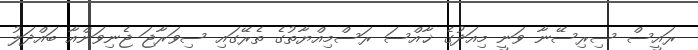
ރައީސް ސިރިސޭނާ ވަނީ މިއަދުގެ ޚާއްސަ ރަސްމިއްޔާތުގެ ތެރޭގައި ސިވަރާޖަ ޖެނިވަންއާ ބައްދަލު